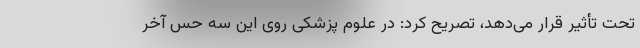
تحت تأثیر قرار می‌دهد، تصریح کرد: در علوم پزشکی روی این سه حس آخر